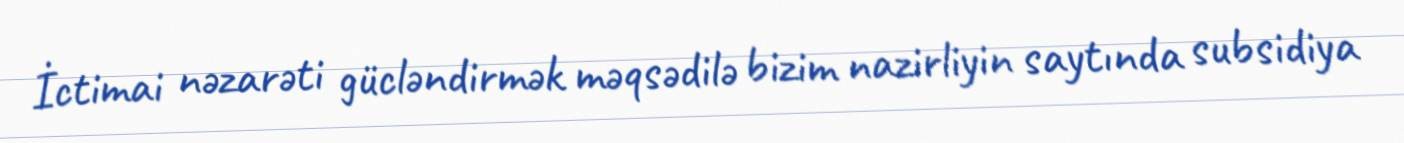
İctimai nəzarəti gücləndirmək məqsədilə bizim nazirliyin saytında subsidiya